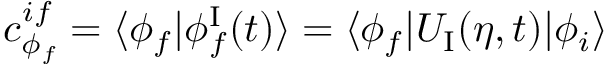
\begin{array} { r } { c _ { \phi _ { f } } ^ { i f } = \langle \phi _ { f } \vert \phi _ { f } ^ { \mathrm { I } } ( t ) \rangle = \langle \phi _ { f } \vert U _ { \mathrm { I } } ( \eta , t ) \vert \phi _ { i } \rangle } \end{array}